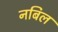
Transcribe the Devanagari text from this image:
नबिल